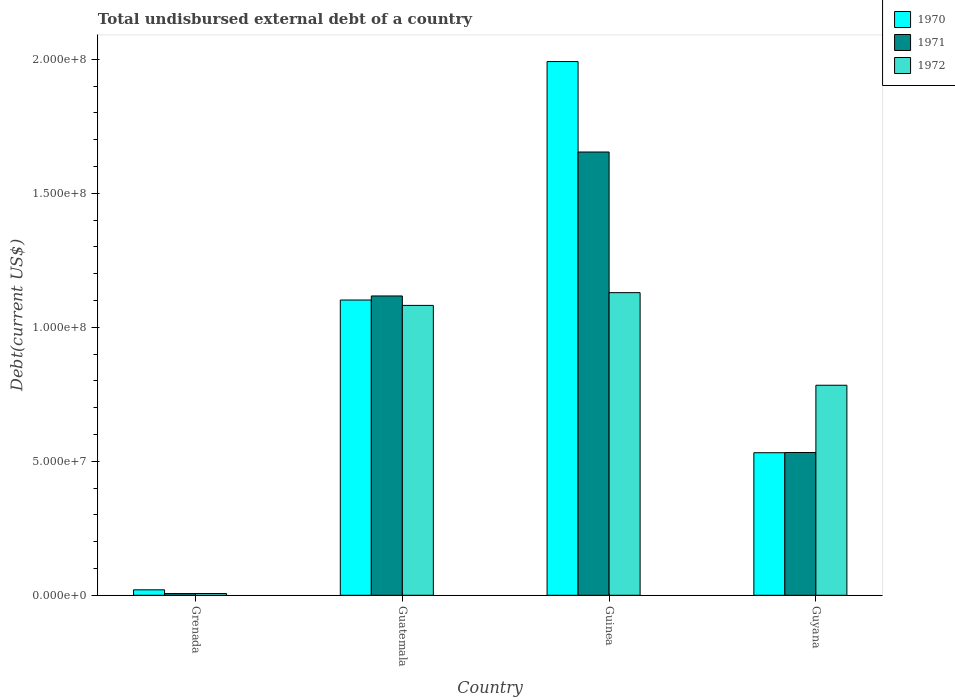
| Country | 1970 | 1971 | 1972 |
 | --- | --- | --- | --- |
 | Grenada | 2.04e+06 | 6.39e+05 | 6.57e+05 |
 | Guatemala | 1.1e+08 | 1.12e+08 | 1.08e+08 |
 | Guinea | 1.99e+08 | 1.65e+08 | 1.13e+08 |
 | Guyana | 5.32e+07 | 5.33e+07 | 7.84e+07 |